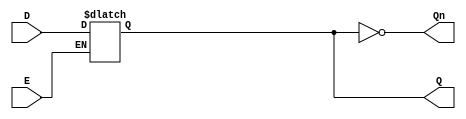
module LatchRegister (
    input wire D,      // Data Input
    input wire E,      // Enable Signal
    output reg Q,      // Output
    output wire Qn     // Complement of Output
);

// Complement output
assign Qn = ~Q;

// Latch behavior
always @(*) begin
    if (E) begin
        Q = D;  // Capture input data when enabled
    end
    // If E is low, retain the current state of Q
end

endmodule